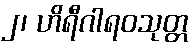
၂၊ ဟိရီဂါရဝသုတ္တ